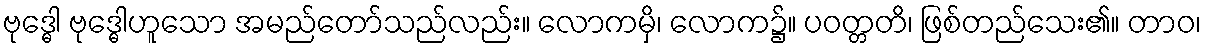
ဗုဒ္ဓေါ ဗုဒ္ဓေါဟူသော အမည်တော်သည်လည်း။ လောကမှိ၊ လောက၌။ ပဝတ္တတိ၊ ဖြစ်တည်သေး၏။ တာဝ၊